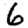
Digit: 6